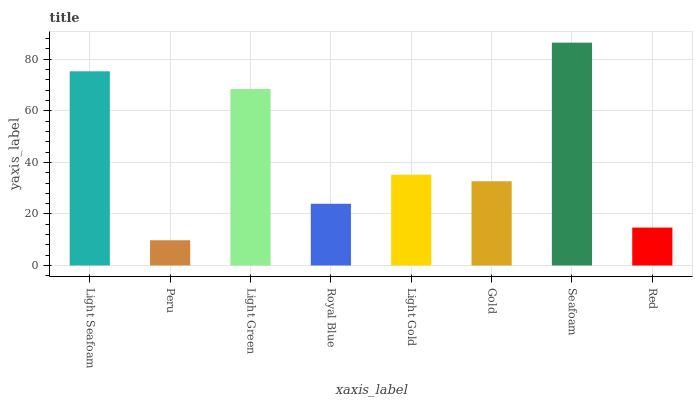
| xaxis_label | bars |
 | --- | --- |
 | Light Seafoam | 75.3 |
 | Peru | 9.79 |
 | Light Green | 68.5 |
 | Royal Blue | 23.9 |
 | Light Gold | 35.2 |
 | Gold | 32.7 |
 | Seafoam | 86.4 |
 | Red | 14.7 |